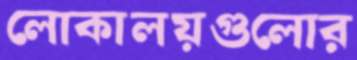
লোকালয়গুলোর